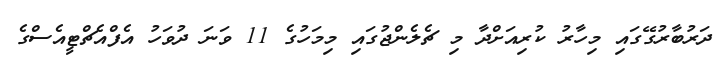
ދަރުބާރުގޭގައި މިހާރު ކުރިއަށްދާ މި ޗެލެންޖުގައި މިމަހުގެ 11 ވަނަ ދުވަހު އެފްއެޗްޓީއެސްގެ